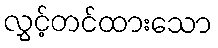
လွှင့်တင်ထားသော